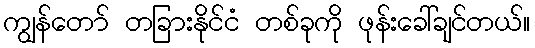
ကျွန်တော် တခြားနိုင်ငံ တစ်ခုကို ဖုန်းခေါ်ချင်တယ်။